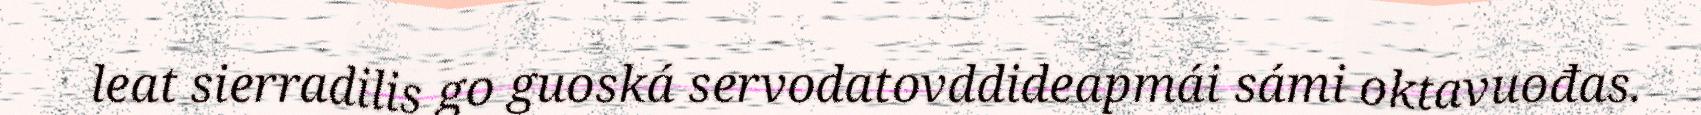
leat sierradilis go guoská servodatovddideapmái sámi oktavuođas.